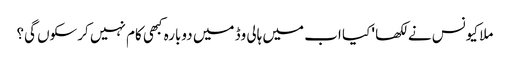
ملا کیونس نے لکھا ' کیا اب میں ہالی وڈ میں دوبارہ کبھی کام نہیں کرسکوں گی؟